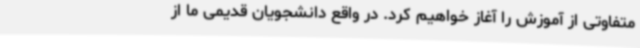
متفاوتی از آموزش را آغاز خواهیم کرد. در واقع دانشجویان قدیمی ما از